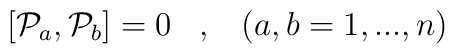
\left[ {{\cal P}}_a , {{\cal P}}_b \right] =0 \;\;\;,\;\;\;\left(a,b=1,...,n\right)